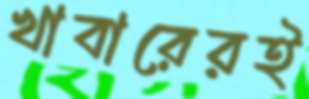
খাবারেরই